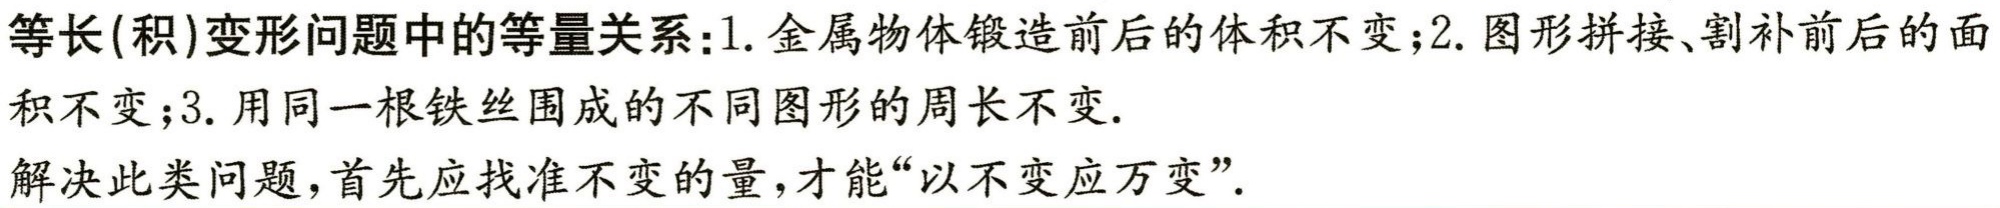
等长(积)变形问题中的等量关系:1. 金属物体锻造前后的体积不变;2. 图形拼接、割补前后的面积不变;3. 用同一根铁丝围成的不同图形的周长不变.

解决此类问题，首先应找准不变的量，才能“以不变应万变”.